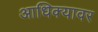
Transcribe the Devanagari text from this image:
आधिक्यावर